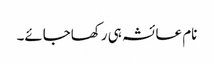
نام عائشہ ہی رکھاجائے۔